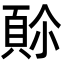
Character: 𩒈